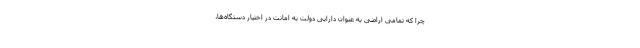
چرا که تمامی اراضی به عنوان دارایی دولت به امانت در اختیار دستگاه‌ها،